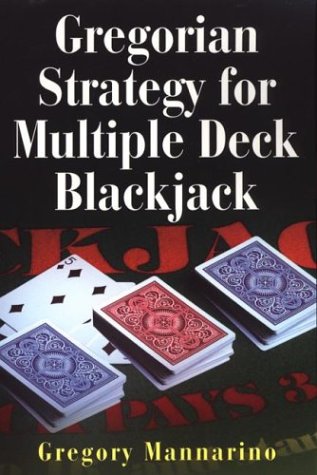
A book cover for Gregorian Strategy For Multiple Deck Blackjack; Gregory Mannarino; Humor & Entertainment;